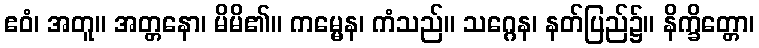
ဧဝံ၊ အတူ။ အတ္တနော၊ မိမိ၏။ ကမ္မေန၊ ကံသည်။ သဂ္ဂေန၊ နတ်ပြည်၌။ နိက္ခိတ္တော၊